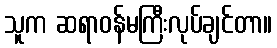
သူက ဆရာဝန်မကြီးလုပ်ချင်တာ။